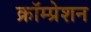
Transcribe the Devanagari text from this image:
क्रॉम्प्रेशन